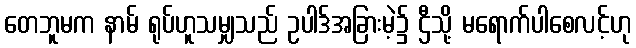
တေဘူမက နာမ် ရုပ်ဟူသမျှသည် ဥပါဒ်အခြားမဲ့၌ ဌီသို့ မရောက်ပါစေလင့်ဟု